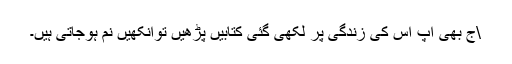
\ٓج بھی آپ اس کی زندگی پر لکھی گئی کتابیں پڑھیں توآنکھیں نم ہوجاتی ہیں۔